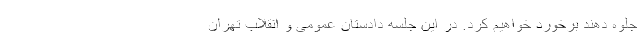
جلوه دهند برخورد خواهیم کرد. در این جلسه دادستان عمومی و انقلاب تهران